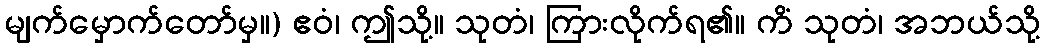
မျက်မှောက်တော်မှ။) ဧဝံ၊ ဤသို့။ သုတံ၊ ကြားလိုက်ရ၏။ ကိံ သုတံ၊ အဘယ်သို့